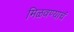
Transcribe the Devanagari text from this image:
मिळवण्याचं